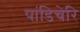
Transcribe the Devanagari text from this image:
पांडिचेरि